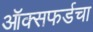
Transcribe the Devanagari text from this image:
ऑक्सफर्डचा